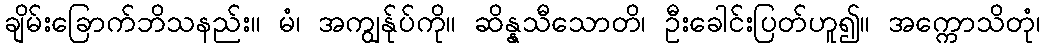
ချိမ်းခြောက်ဘိသနည်း။ မံ၊ အကျွန်ုပ်ကို။ ဆိန္နသီသောတိ၊ ဦးခေါင်းပြတ်ဟူ၍။ အက္ကောသိတုံ၊